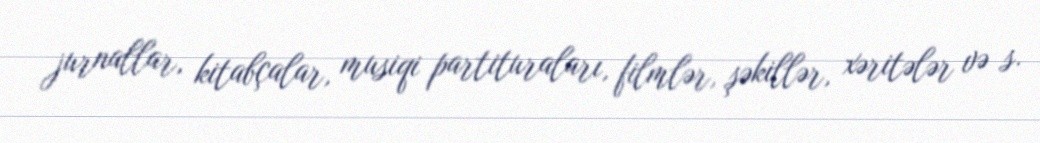
jurnallar, kitabçalar, musiqi partituraları, filmlər, şəkillər, xəritələr və s.